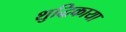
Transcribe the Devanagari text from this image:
शुद्धिकाया